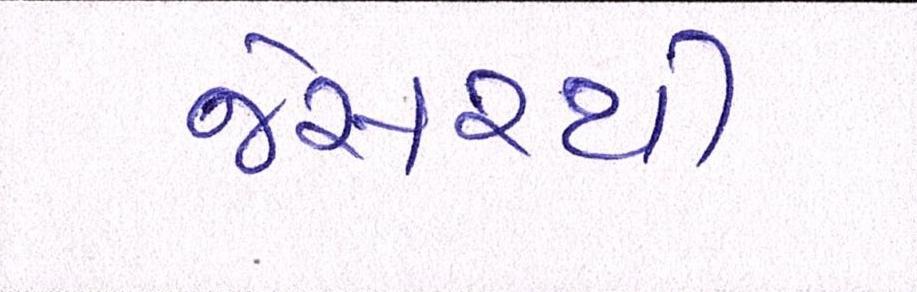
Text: જેસરથી